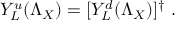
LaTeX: Y _ { L } ^ { u } ( \Lambda _ { X } ) = [ Y _ { L } ^ { d } ( \Lambda _ { X } ) ] ^ { \dagger } \ .